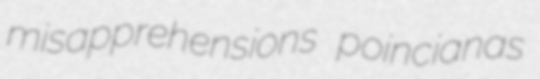
misapprehensions poincianas